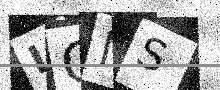
Text: LONS